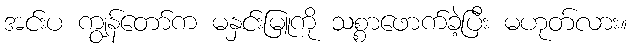
အင်းပ ကျွန်တော်က မနှင်းမြူကို သစ္စာဖောက်ခဲ့ပြီး မဟုတ်လား။